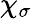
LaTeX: \chi_{\sigma}